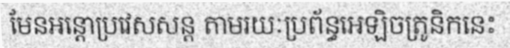
មែនអន្តោប្រវេសសន្ត តាមរយៈប្រព័ន្ធអេឡិចត្រូនិកនេះ